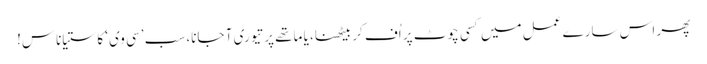
پھر اس سارے عمل میں کسی چوٹ پر اُف کر بیٹھنا، یا ماتھے پر تیوری آ جانا، سب ’سی وی‘ کا ستیاناس!